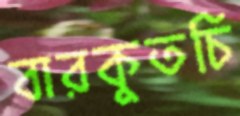
বারকুতচি